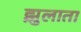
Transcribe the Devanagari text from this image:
झुलाता